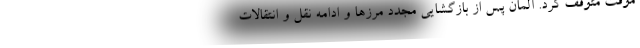
موقت متوقف کرد. آلمان پس از بازگشایی مجدد مرزها و ادامه نقل و انتقالات